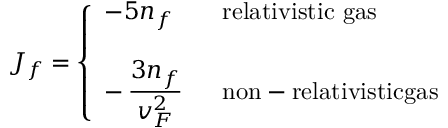
J _ { f } = \left\{ \begin{array} { l l } { { - 5 n _ { f } \quad } } & { { \mathrm { r e l a t i v i s t i c ~ g a s } } } \\ { { } } & { { } } \\ { { - \, \frac { \textstyle 3 n _ { f } } { \textstyle v _ { F } ^ { 2 } } } } & { { \mathrm { n o n - r e l a t i v i s t i c g a s } } } \end{array} \right.